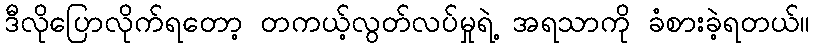
ဒီလိုပြောလိုက်ရတော့ တကယ့်လွတ်လပ်မှုရဲ့ အရသာကို ခံစားခဲ့ရတယ်။